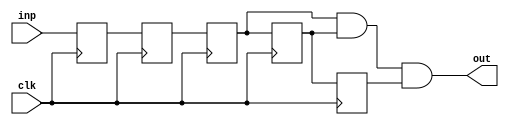
`timescale 1ns / 1ps
module debouncer(input clk, inp, output out);
reg Qmeta, Qsynch, Q1, Q2, Q3;

always @(posedge clk) begin
//synchronizer
Qmeta <= inp;
Qsynch <=Qmeta;

//Debouncer
Q1<= Qsynch;
Q2<= Q1;
Q3<=Q2;
end

assign out = Q1 & Q2 & Q3;
endmodule